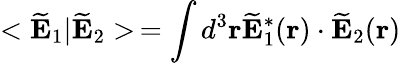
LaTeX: <\widetilde{\mathbf E}_{1}|\widetilde{\mathbf E}_{2}>\, =\int d^{3}{\mathbf r}\widetilde{\mathbf E}_{1}^{*}({\mathbf r})\cdot\widetilde{\mathbf E}_{2}({\mathbf r})